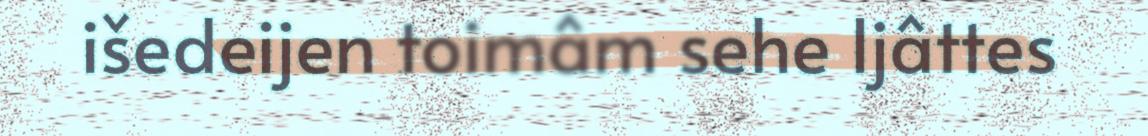
išedeijen toimâm sehe Ijâttes